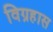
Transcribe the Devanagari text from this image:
विग्रहास